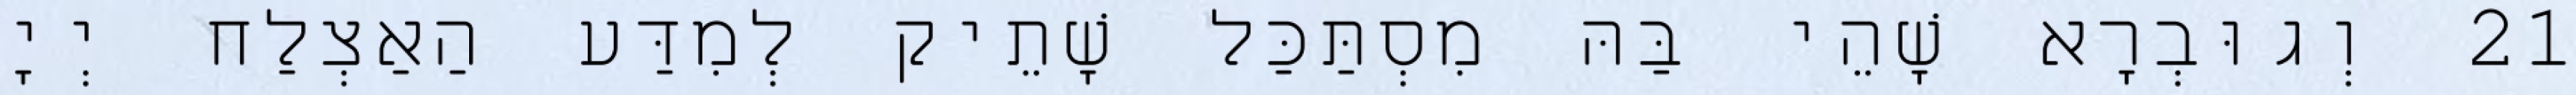
21 וְגוּבְרָא שָׁהֵי בַּהּ מִסְתַּכַּל שָׁתֵיק לְמִדַּע הַאַצְלַח יְיָ